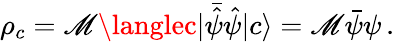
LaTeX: \rho_{c}=\mathscr{M}\langlec|\bar{{\hat{{\psi}}}}{\hat{{\psi}}}|c\rangle=\mathscr{M}\bar{{\psi}}\psi\, .